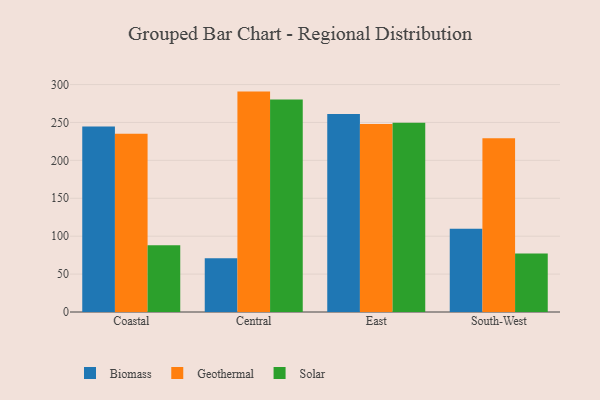
{"axis": {"x": "Region", "y": "Temperature (°C)"}, "legend": ["Biomass", "Geothermal", "Solar"], "data": [{"x": "Coastal", "y": 244.6, "type": "Biomass"}, {"x": "Coastal", "y": 235.2, "type": "Geothermal"}, {"x": "Coastal", "y": 88.2, "type": "Solar"}, {"x": "Central", "y": 71.0, "type": "Biomass"}, {"x": "Central", "y": 290.7, "type": "Geothermal"}, {"x": "Central", "y": 280.2, "type": "Solar"}, {"x": "East", "y": 261.0, "type": "Biomass"}, {"x": "East", "y": 248.1, "type": "Geothermal"}, {"x": "East", "y": 249.6, "type": "Solar"}, {"x": "South-West", "y": 109.7, "type": "Biomass"}, {"x": "South-West", "y": 229.3, "type": "Geothermal"}, {"x": "South-West", "y": 77.0, "type": "Solar"}]}